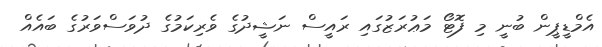
އެމްޑީޕީން ބުނީ މި ފޮޓޯ މަޢުރަޒުގައި ރައީސް ނަޝީދުގެ ވެރިކަމުގެ ދުވަސްވަރުގެ ބައެއް